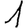
Digit: 1